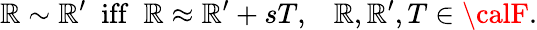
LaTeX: \mathbb{R}\sim\mathbb{R}^{\prime}\; \mathrm{{~iff~}}\; \mathbb{R}\approx\mathbb{R}^{\prime}+sT,\; \; \; \mathbb{R},\mathbb{R}^{\prime},T\in{\calF}.